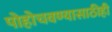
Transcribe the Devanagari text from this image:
पोहोचवण्यासाठीही